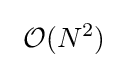
~{\mathcal {O}}(N^{2})~